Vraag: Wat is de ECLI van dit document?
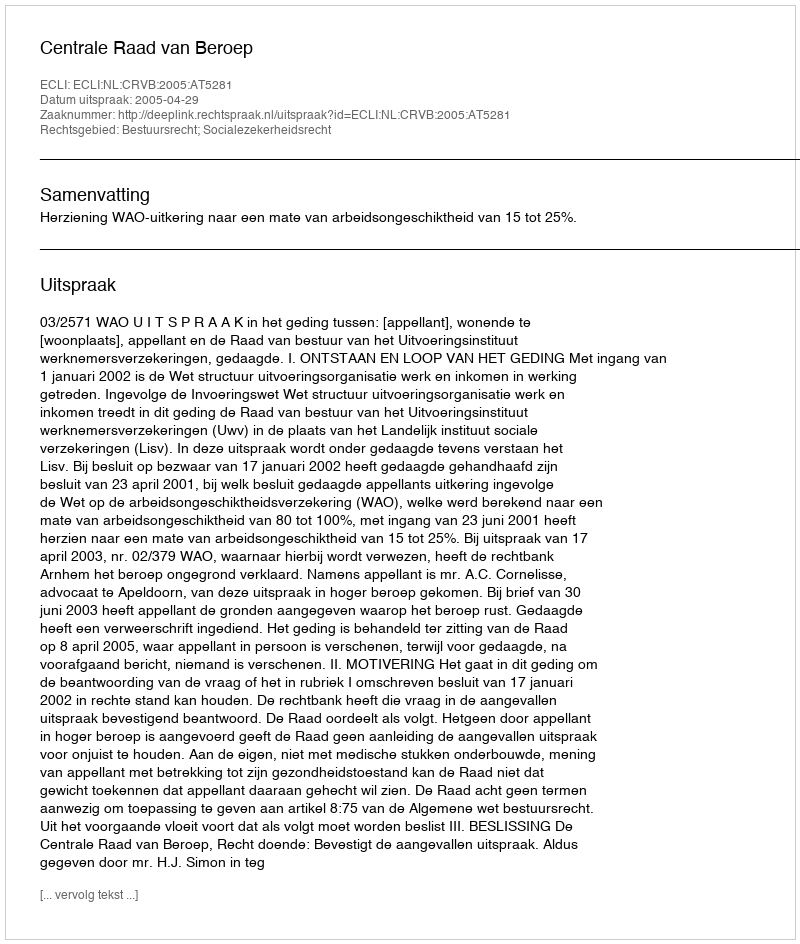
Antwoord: ECLI:NL:CRVB:2005:AT5281